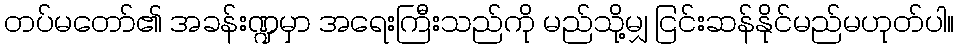
တပ်မတော်၏ အခန်းဏ္ဍမှာ အရေးကြီးသည်ကို မည်သို့မျှ ငြင်းဆန်နိုင်မည်မဟုတ်ပါ။